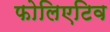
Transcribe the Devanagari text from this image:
फोलिएटिव